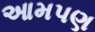
આમપણ